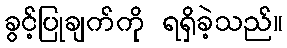
ခွင့်ပြုချက်ကို ရရှိခဲ့သည်။